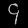
Digit: ၄